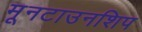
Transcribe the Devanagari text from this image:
मूनटाउनशिप